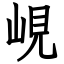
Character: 峴